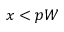
x < p W